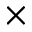
\times